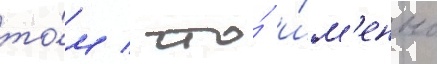
то́м / что́ и́м'енно